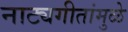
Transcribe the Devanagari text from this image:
नाट्यगीतांमुळे